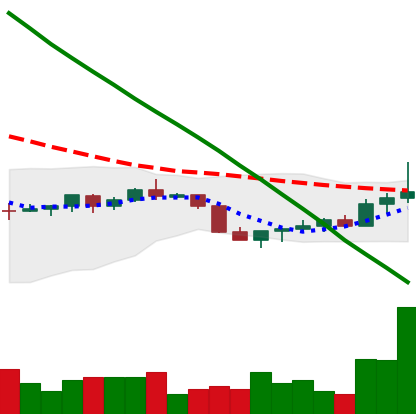
Ticker: DOGE-USD
Chart end date: 2022-07-20
Forward return: -11.144%
Label: down_7plus